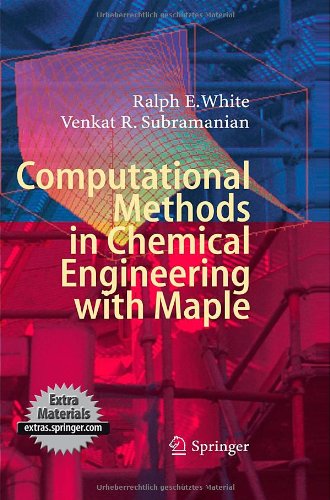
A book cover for Computational Methods in Chemical Engineering with Maple; Ralph E. White; Science & Math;